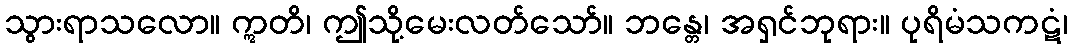
သွားရာသလော။ ဣတိ၊ ဤသို့မေးလတ်သော်။ ဘန္တေ၊ အရှင်ဘုရား။ ပုရိမံသကဋံ၊